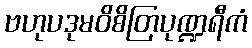
ဗဟုပဒုမဝိစိတြပုဏ္ဍရီကံ